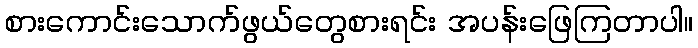
စားကောင်းသောက်ဖွယ်တွေစားရင်း အပန်းဖြေကြတာပါ။